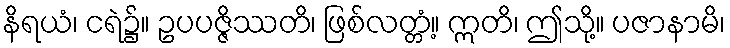
နိရယံ၊ ငရဲ၌။ ဥပပဇ္ဇိဿတိ၊ ဖြစ်လတ္တံ့။ ဣတိ၊ ဤသို့။ ပဇာနာမိ၊